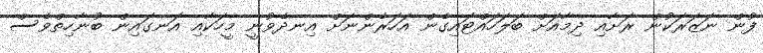
ފުން ނަޒަރަކުން ރަށާއި ދިމާއަށް ބަލަހައްޓައިގެން އަހަރެންނަށް އިނދެވުނީ މީހަކާއި އަނގައިން ބުނާހިތްވެސް